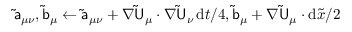
\mathsf { \tilde { a } } _ { \mu \nu } , \mathsf { \tilde { b } } _ { \mu } \gets \mathsf { \tilde { a } } _ { \mu \nu } + \nabla \mathsf { \tilde { U } } _ { \mu } \cdot \nabla \mathsf { \tilde { U } } _ { \nu } \, \mathrm { d } t / 4 , \mathsf { \tilde { b } } _ { \mu } + \nabla \mathsf { \tilde { U } } _ { \mu } \cdot \mathrm { d } \tilde { { \boldsymbol { x } } } / 2